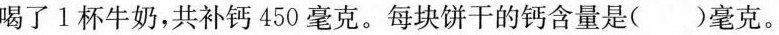
喝了1杯牛奶，共补钙450毫克。每块饼干的钙含量是( )毫克。